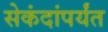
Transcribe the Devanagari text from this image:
सेकंदांपर्यंत